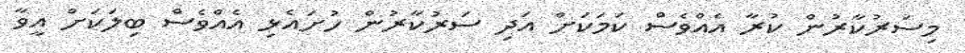
މިސަރުކާރުން ކުރާ އެއްވެސް ކަމަކަށް އަދި ސަރުކާރުން ހުށައެޅި އެއްވެސް ބިލަކަށް އީވާ